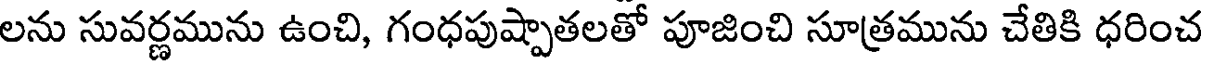
లను సువర్ణమును ఉంచి, గంధపుష్పాతలతో పూజించి సూత్రమును చేతికి ధరించ